system: You are a helpful assistant.
user:
Analyze the provided spectrum to determine if it is a **"Cataclysmic Variables (CV)"**.

- **Key Indicators for CV (Check for either state):**
    - **State 1: Quiescent / Low-State (Emission-Dominated)**
        - **(Primary):** Strong and *very broad* Hydrogen Balmer emission lines (e.g., $H\alpha$ at 6563 Å, $H\beta$ at 4861 Å). The 'broadness' (high velocity dispersion, often FWHM > 1000 km/s) is the key diagnostic, indicating a high-velocity accretion disk.
        - **(Secondary):** Broad neutral Helium (He I) emission lines (e.g., 5876 Å, 6678 Å).
        - **(Key Confirmation):** Presence of high-excitation *ionized* Helium (He II) emission at 4686 Å. This is a strong indicator of accretion onto a white dwarf.
        - **(Line Profile):** Emission lines may exhibit a 'double-peaked' profile, which is a classic signature of a rotating accretion disk viewed at high inclination.

    - **State 2: Outburst / High-State (Absorption-Dominated)**
        - **(Primary):** Spectrum is dominated by a bright, blue continuum (looks like a hot star).
        - **(Secondary):** The emission lines from State 1 are weak, absent, or 'filled in', and are replaced by broad, shallow *absorption* lines (primarily Balmer and He I).
        - **(Morphology):** The overall spectrum mimics a hot B/A-type star. The crucial difference is that the absorption lines are significantly broader, shallower, and more 'washed-out' (or 'smeared') than the sharp lines of a normal stellar photosphere, due to high rotational speeds and pressure broadening in the disk.

Think first, call **spectral_visualization_tool** if needed to examine features in detail, then provide your final answer. Your response must adhere to the following strict rules:
1.  **Overall Structure:** Your response must follow the format `<think>...</think> <tool_call>...</tool_call> (if a tool is used) <answer>...</answer>`.
2.  **Tool Usage Constraint:** You may only make **one** tool call per turn.
3.  **Final Answer Format:** In the `<answer>` tag, your conclusion must be inside a `\boxed{}` command (e.g., `\boxed{YES}`), followed by your justification.

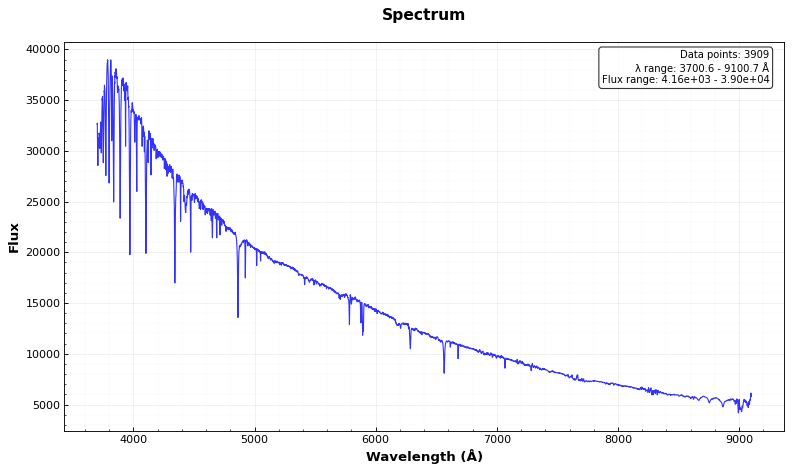
Answer: NO